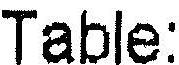
TABLE: